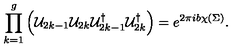
\prod _ { k = 1 } ^ { g } \left( { \cal U } _ { 2 k - 1 } { \cal U } _ { 2 k } { \cal U } _ { 2 k - 1 } ^ { \dagger } { \cal U } _ { 2 k } ^ { \dagger } \right) = e ^ { 2 \pi i b \chi ( \Sigma ) } .